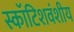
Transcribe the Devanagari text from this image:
स्कॉटिशवंशीय